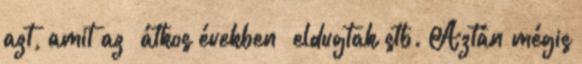
azt, amit az „átkos években” eldugtak stb. Aztán mégis